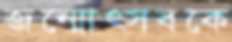
জন্মোত্সবকে